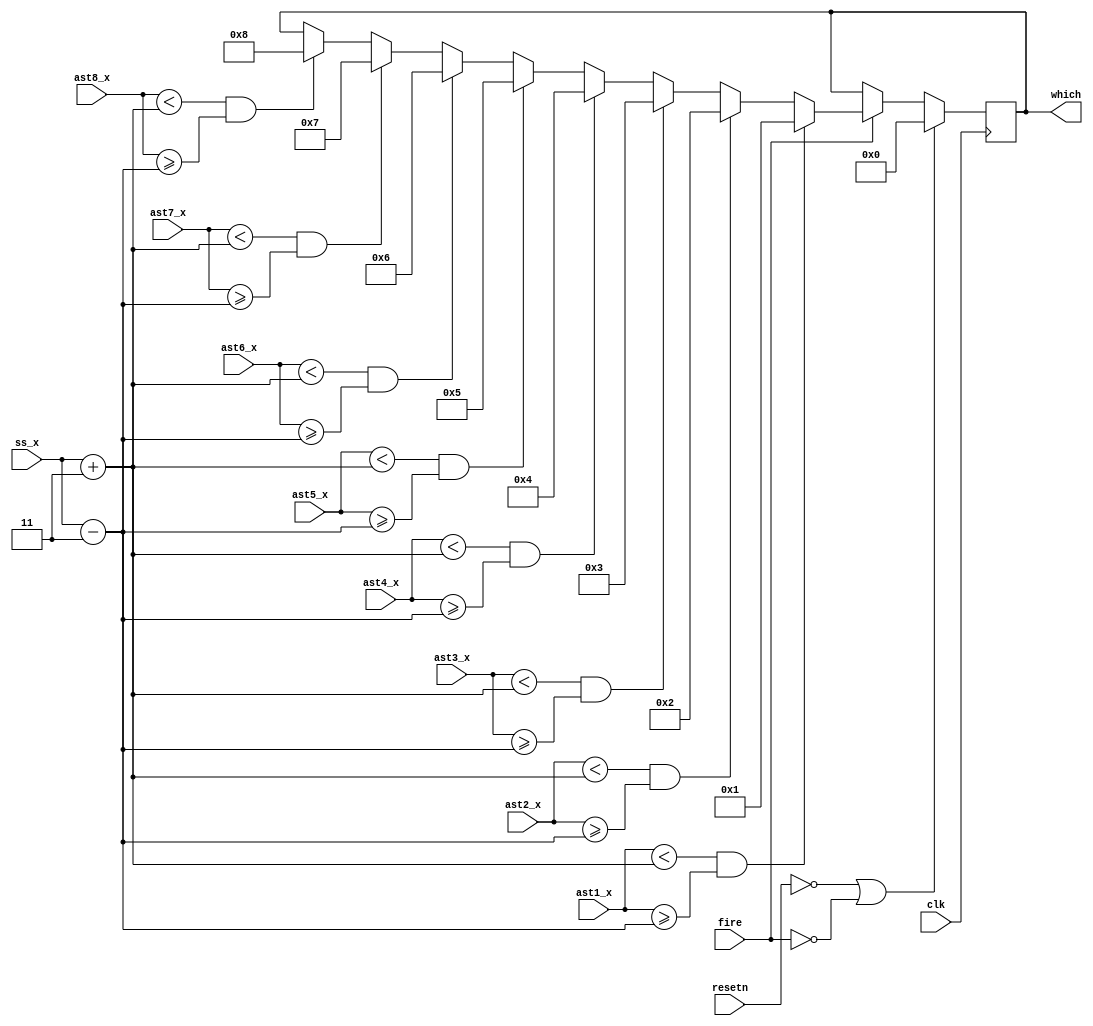
module bullet(
		input clk,
		input resetn,
		input fire,
		input [7:0] ss_x,
		input [7:0] ast1_x,
		input [7:0] ast2_x,
		input [7:0] ast3_x,
		input [7:0] ast4_x,
		input [7:0] ast5_x,
		input [7:0] ast6_x,
		input [7:0] ast7_x,
		input [7:0] ast8_x,
		
		output reg [3:0] which);
		
		
		wire hit1, hit2, hit3, hit4, hit5, hit6, hit7, hit8;
		assign hit1 = (ast1_x < ss_x + 2'd3) & (ast1_x >= ss_x - 2'd3);
		assign hit2 = (ast2_x < ss_x + 2'd3) & (ast2_x >= ss_x - 2'd3);
		assign hit3 = (ast3_x < ss_x + 2'd3) & (ast3_x >= ss_x - 2'd3);
		assign hit4 = (ast4_x < ss_x + 2'd3) & (ast4_x >= ss_x - 2'd3);
		assign hit5 = (ast5_x < ss_x + 2'd3) & (ast5_x >= ss_x - 2'd3);
		assign hit6 = (ast6_x < ss_x + 2'd3) & (ast6_x >= ss_x - 2'd3);
		assign hit7 = (ast7_x < ss_x + 2'd3) & (ast7_x >= ss_x - 2'd3);
		assign hit8 = (ast8_x < ss_x + 2'd3) & (ast8_x >= ss_x - 2'd3);
		
		
		
		
		always@(posedge clk)
		begin: bullet_table
			if(!resetn | !fire)
			begin
				which <= 4'd0;
			end
			else if (fire)
			begin
				if (hit1)
				begin
					which <= 4'd1;
				end
				else if (hit2)
				begin
					which <= 4'd2;
				end
				else if (hit3)
				begin
					which <= 4'd3;
				end
				else if (hit4)
				begin
					which <= 4'd4;
				end
				else if (hit5)
				begin
					which <= 4'd5;
				end
				else if (hit6)
				begin
					which <= 4'd6;
				end
				else if (hit7)
				begin
					which <= 4'd7;
				end
				else if (hit8)
				begin
					which <= 4'd8;
				end
			end
		end // Bullet table
		
endmodule